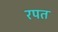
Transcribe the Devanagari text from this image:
रपत